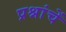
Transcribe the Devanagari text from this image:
प्रश्नांचें